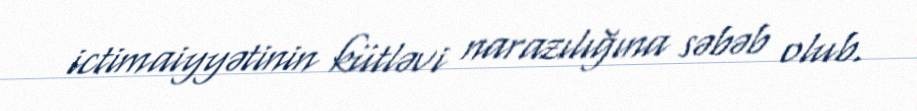
ictimaiyyətinin kütləvi narazılığına səbəb olub.